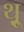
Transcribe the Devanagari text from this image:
थ़्रू